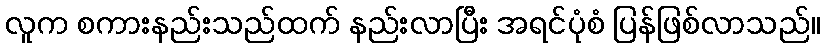
လူက စကားနည်းသည်ထက် နည်းလာပြီး အရင်ပုံစံ ပြန်ဖြစ်လာသည်။